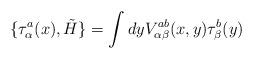
LaTeX: \begin{align*}\{ \tau_\alpha^a(x), \tilde H\} = \int dyV^{ab}_{\alpha\beta}(x,y)\tau_\beta^b(y)\end{align*}